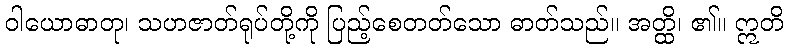
ဝါယောဓာတု၊ သဟဇာတ်ရုပ်တို့ကို ပြည့်စေတတ်သော ဓာတ်သည်။ အတ္ထိ၊ ၏။ ဣတိ